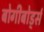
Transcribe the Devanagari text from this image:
बोगीबोर्ड्स